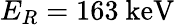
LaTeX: E_{R}=163~\mathrm{keV}